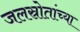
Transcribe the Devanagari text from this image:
जलस्रोतांच्या